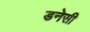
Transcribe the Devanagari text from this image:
डनेसी